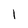
Character: l